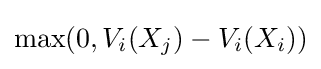
\max(0,V_{i}(X_{j})-V_{i}(X_{i}))